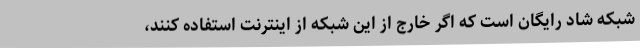
شبکه شاد رایگان است که اگر خارج از این شبکه از اینترنت استفاده کنند،